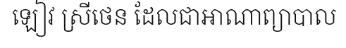
ឡៀវ ស្រីថេន ដែលជាអាណាព្យាបាល